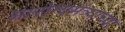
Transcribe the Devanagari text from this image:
आरोग्यमंत्र्याच्या